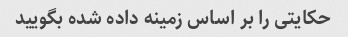
حکایتی را بر اساس زمینه داده شده بگویید